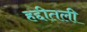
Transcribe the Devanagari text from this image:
हद्दीतली